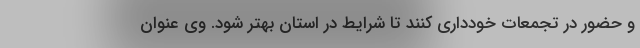
و حضور در تجمعات خودداری کنند تا شرایط در استان بهتر شود. وی عنوان